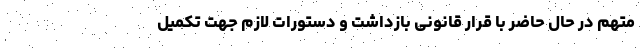
متهم در حال حاضر با قرار قانونی بازداشت و دستورات لازم جهت تکمیل